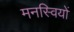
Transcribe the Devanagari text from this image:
मनस्वियों